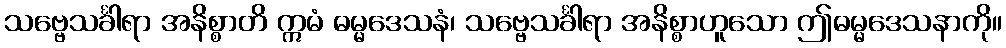
သဗ္ဗေသင်္ခါရာ အနိစ္စာတိ ဣမံ ဓမ္မဒေသနံ၊ သဗ္ဗေသင်္ခါရာ အနိစ္စာဟူသော ဤဓမ္မဒေသနာကို။